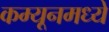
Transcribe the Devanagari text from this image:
कम्यूनमध्ये